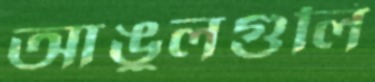
আঙুলগুলি